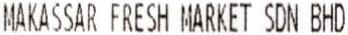
MAKASSAR FRESH MARKET SDN BHD